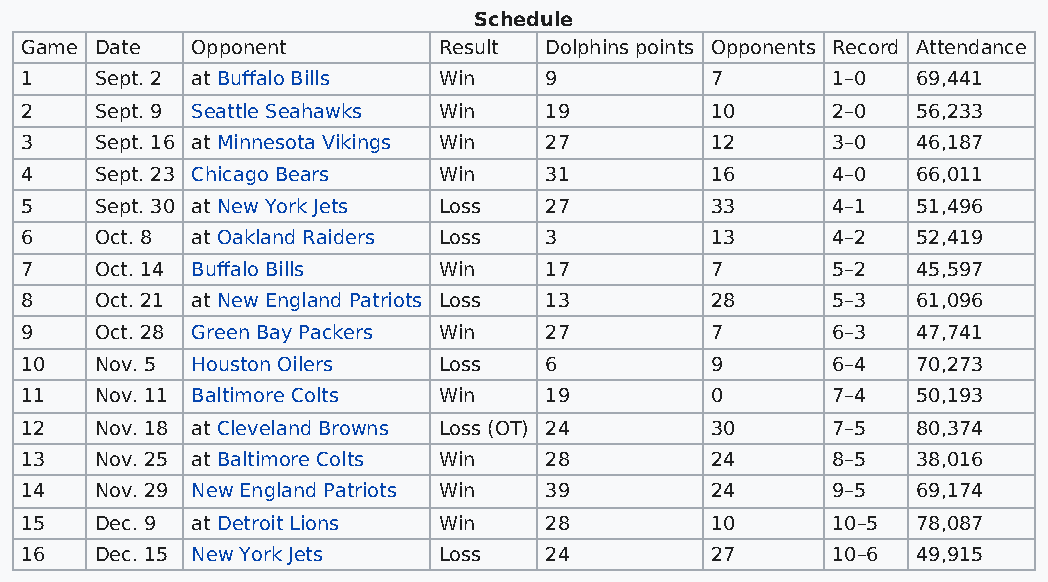
Schedule
 Game Date   Opponent        Result Dolphins points Opponents Record Attendance
 1    Sept. 2 at Buffalo Bills Win  9          7       1–0   69,441
 2    Sept. 9 Seattle Seahawks Win  19         10      2–0   56,233
 3    Sept. 16 at Minnesota Vikings Win 27     12      3–0   46,187
 4    Sept. 23 Chicago Bears Win    31         16      4–0   66,011
 5    Sept. 30 at New York Jets Loss 27        33      4–1   51,496
 6    Oct. 8 at Oakland Raiders Loss 3         13      4–2   52,419
 7    Oct. 14 Buffalo Bills  Win    17         7       5–2   45,597
 8    Oct. 21 at New England Patriots Loss 13  28      5–3   61,096
 9    Oct. 28 Green Bay Packers Win 27         7       6–3   47,741
 10   Nov. 5 Houston Oilers  Loss   6          9       6–4   70,273
 11   Nov. 11 Baltimore Colts Win   19         0       7–4   50,193
 12   Nov. 18 at Cleveland Browns Loss (OT) 24 30      7–5   80,374
 13   Nov. 25 at Baltimore Colts Win 28        24      8–5   38,016
 14   Nov. 29 New England Patriots Win 39      24      9–5   69,174
 15   Dec. 9 at Detroit Lions Win   28         10      10–5  78,087
 16   Dec. 15 New York Jets  Loss   24         27      10–6  49,915